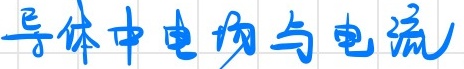
导体中电场与电流